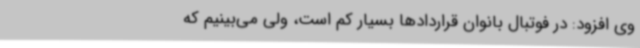
وی افزود: در فوتبال بانوان قراردادها بسیار کم است، ولی می‌بینیم که